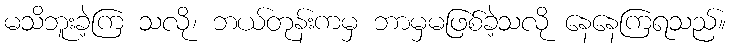
မသိဘူးခဲ့ကြ သလို၊ ဘယ်တုန်းကမှ ဘာမှမဖြစ်ခဲ့သလို နေနေကြရသည်။